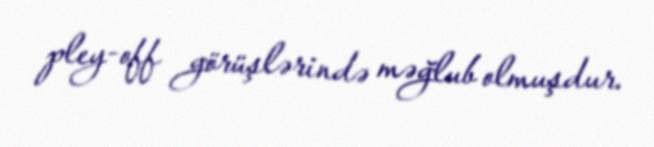
pley-off görüşlərində məğlub olmuşdur.